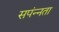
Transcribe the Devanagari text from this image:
सपंन्नता